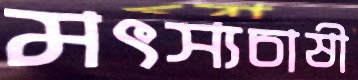
মৎস্যচাষী